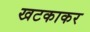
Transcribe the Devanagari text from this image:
खटकाकर